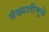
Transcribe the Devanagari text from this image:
संख्यादींमुळे